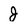
Character: J